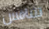
تتنافس